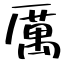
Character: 厲